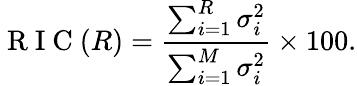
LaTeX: \mathrm{~R~I~C~}(R)=\frac{\sum_{i=1}^{R}\sigma_{i}^{2}}{\sum_{i=1}^{M}\sigma_{i}^{2}}\times 100.